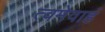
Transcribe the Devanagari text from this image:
त्वमेवाहं